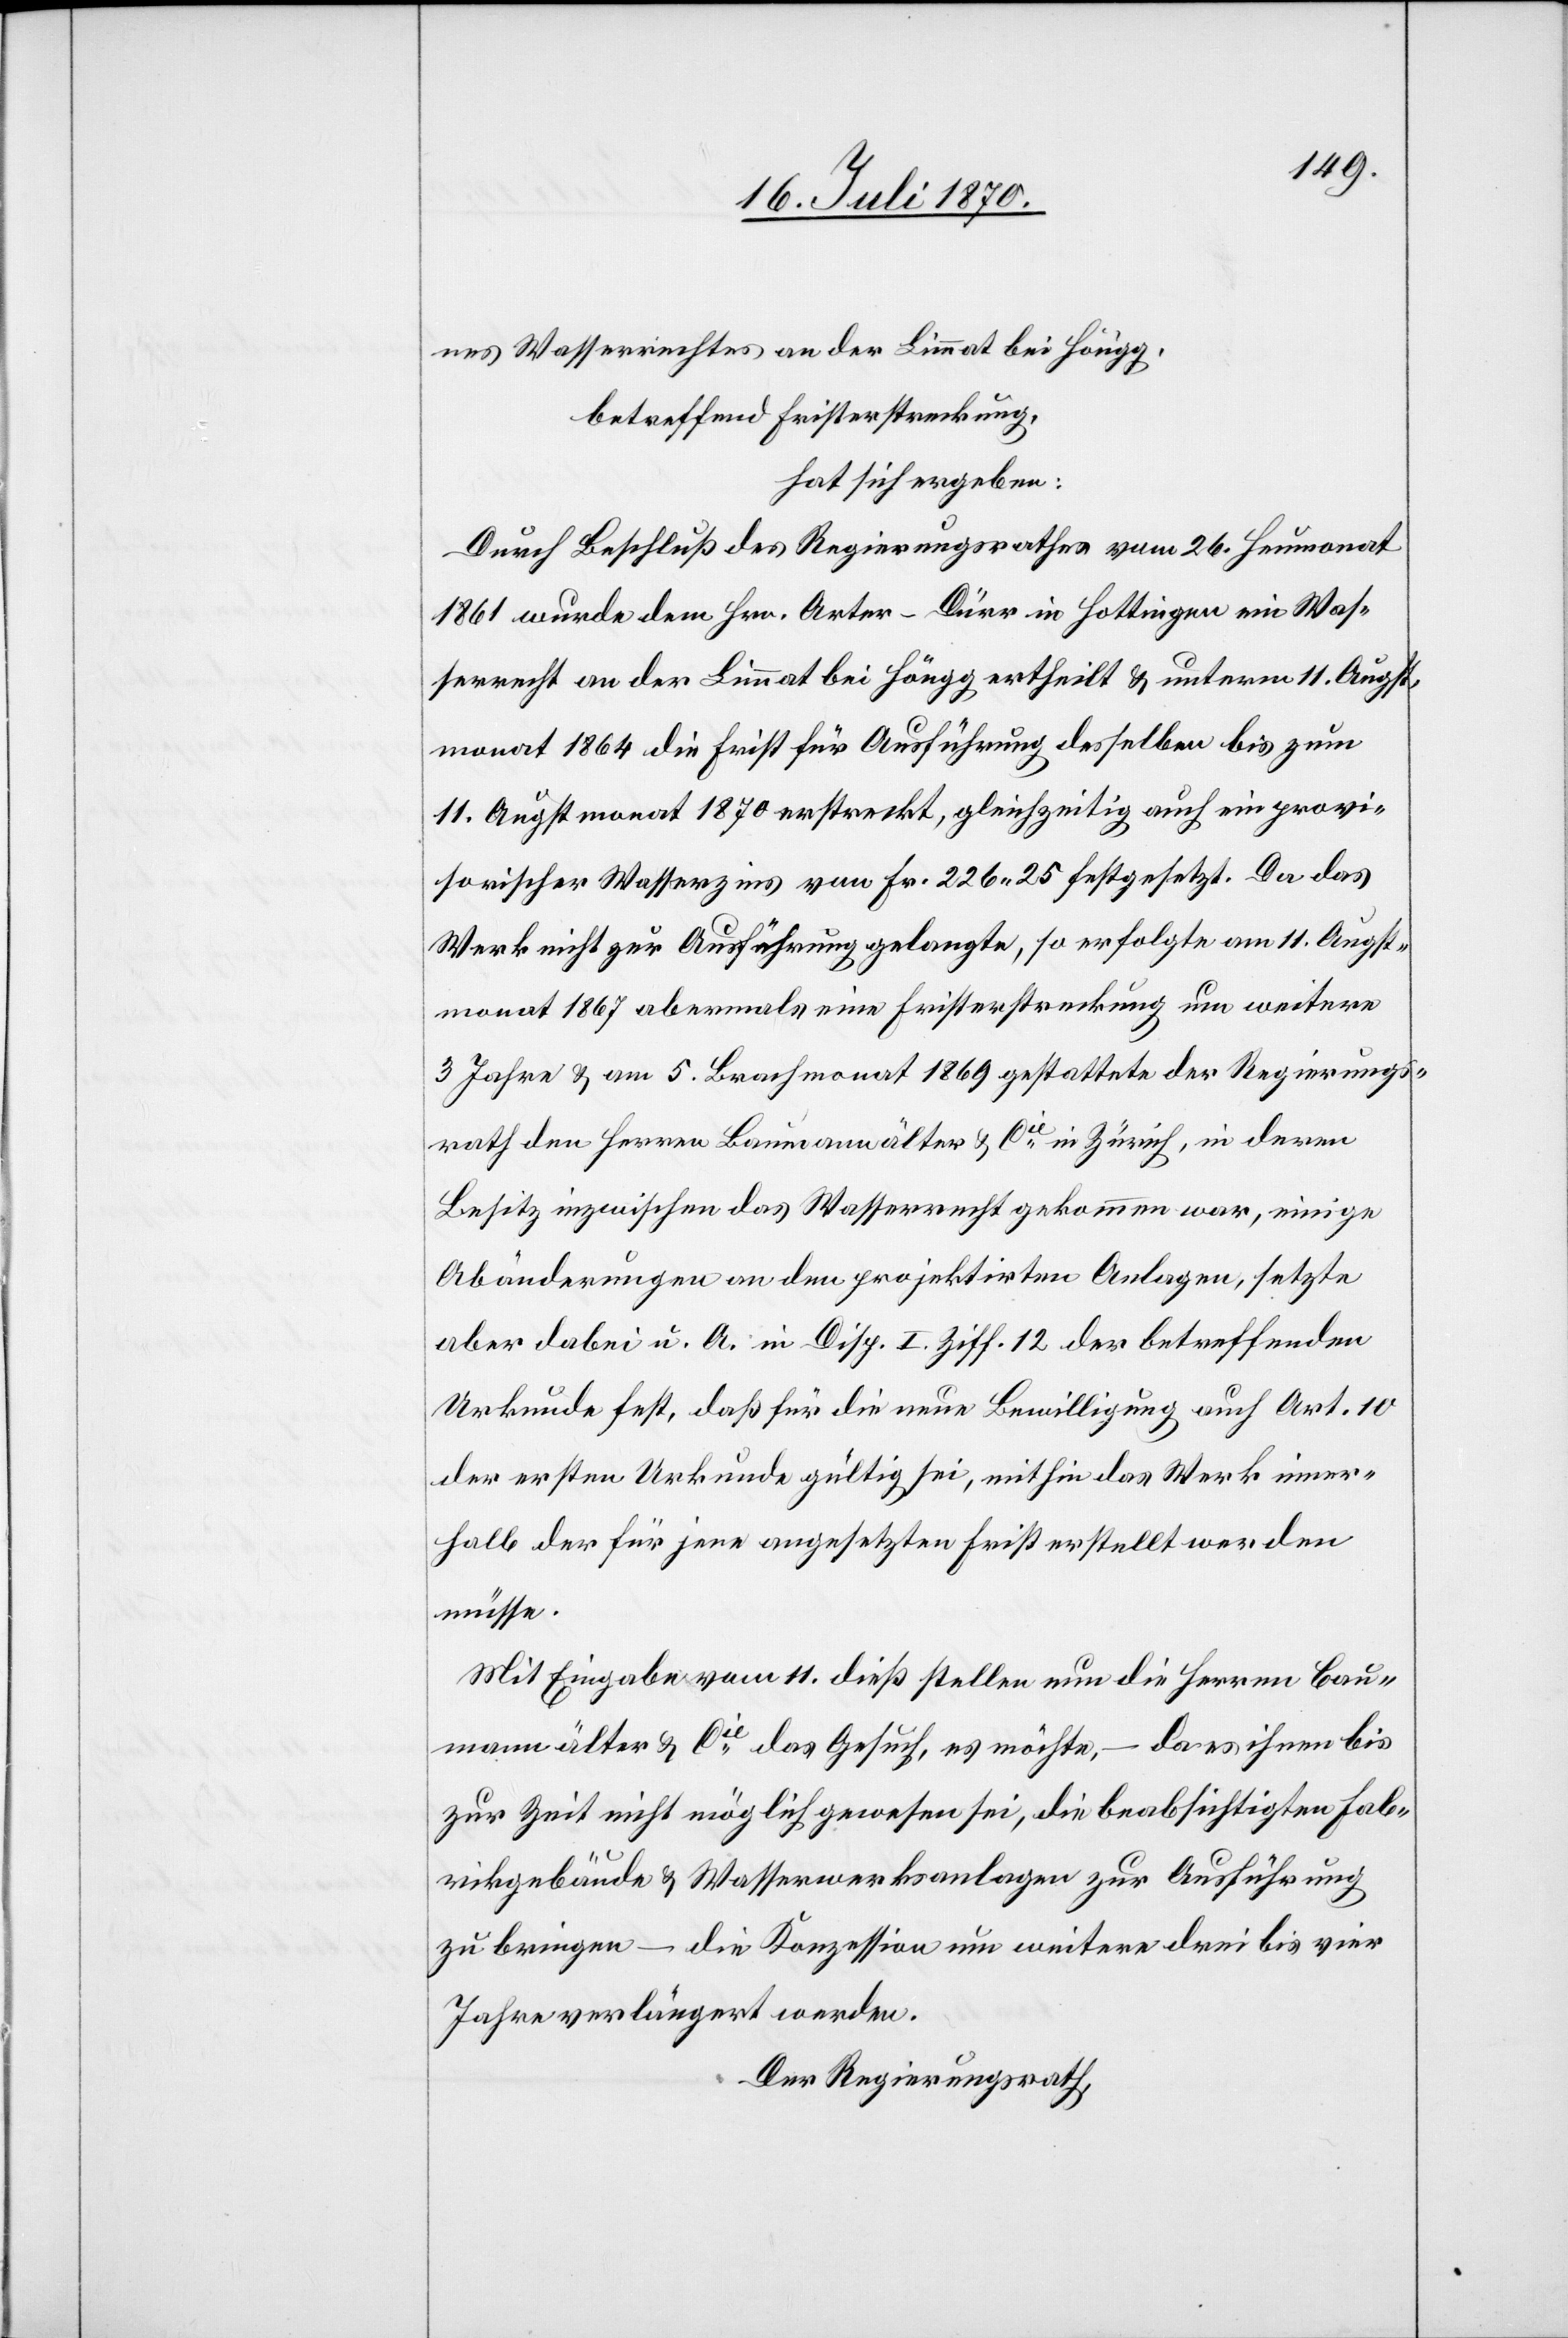
nes Wasserrechtes an der Limmat bei Höngg,
betreffend Fristerstreckung,
hat sich ergeben:
Durch Beschluß des Regierungsrathes vom 26. Heumonat
1861 wurde dem Hrn. Arter-Dürr in Hottingen ein Was¬
serrecht an der Limmat bei Höngg ertheilt & unterm 11. Augst¬
monat 1864 die Frist für Ausführung desselben bis zum
11. Augstmonat 1870 erstreckt, gleichzeitig auch ein provi¬
sorischer Wasserzins von Fr. 226.25 festgesetzt. Da das
Werk nicht zur Ausführung gelangte, so erfolgte am 11. Augst¬
monat 1867 abermals eine Fristerstreckung um weitere
3 Jahre & am 5. Brachmonat 1869 gestattete der Regierungs¬
rath den Herren Baumann älter & Cie in Zürich, in deren
Besitz inzwischen das Wasserrecht gekommen war, einige
Abänderungen an den projektirten Anlagen, setzte
aber dabei u. A. in Disp. I. Ziff. 12 der betreffenden
Urkunde fest, daß für die neue Bewilligung auch Art. 10
der ersten Urkunde gültig sei, mithin das Werk inner¬
halb der für jene angesetzten Frist erstellt werden
müsse.
Mit Eingabe vom 11. dieß stellen nun die Herren Bau¬
mann älter & Cie das Gesuch, es möchte, – da es ihnen bis
zur Zeit nicht möglich gewesen sei, die beabsichtigten Fab¬
rikgebäude & Wasserwerksanlagen zur Ausführung
zu bringen – die Konzession um weitere drei bis vier
Jahre verlängert werden.
Der Regierungsrath,